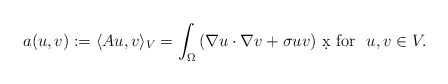
\begin{align*}a(u,v):=\langle A u, v\rangle_V =\int_\Omega \left( \nabla u \cdot \nabla v + \sigma uv \right)\,\d x\mbox{ for } \ u,v\in V.\end{align*}